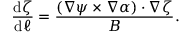
\frac { \mathrm { d } \zeta } { \mathrm { d } \ell } = \frac { \left( \nabla \psi \times \nabla \alpha \right) \cdot \nabla \zeta } { B } .